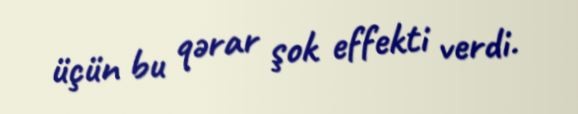
üçün bu qərar şok effekti verdi.